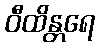
ဝီထိန္တရေ